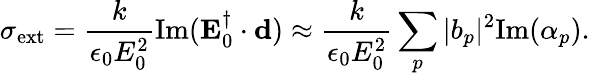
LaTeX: \sigma_{\mathrm{ext}}=\frac{k}{\epsilon_{0}E_{0}^{2}}\mathrm{Im}(\mathbf{E}_{0}^{\dagger}\cdot\mathbf{d})\approx\frac{k}{\epsilon_{0}E_{0}^{2}}\sum_{p}\vert b_{p}\vert^{2}\mathrm{Im}(\alpha_{p}).